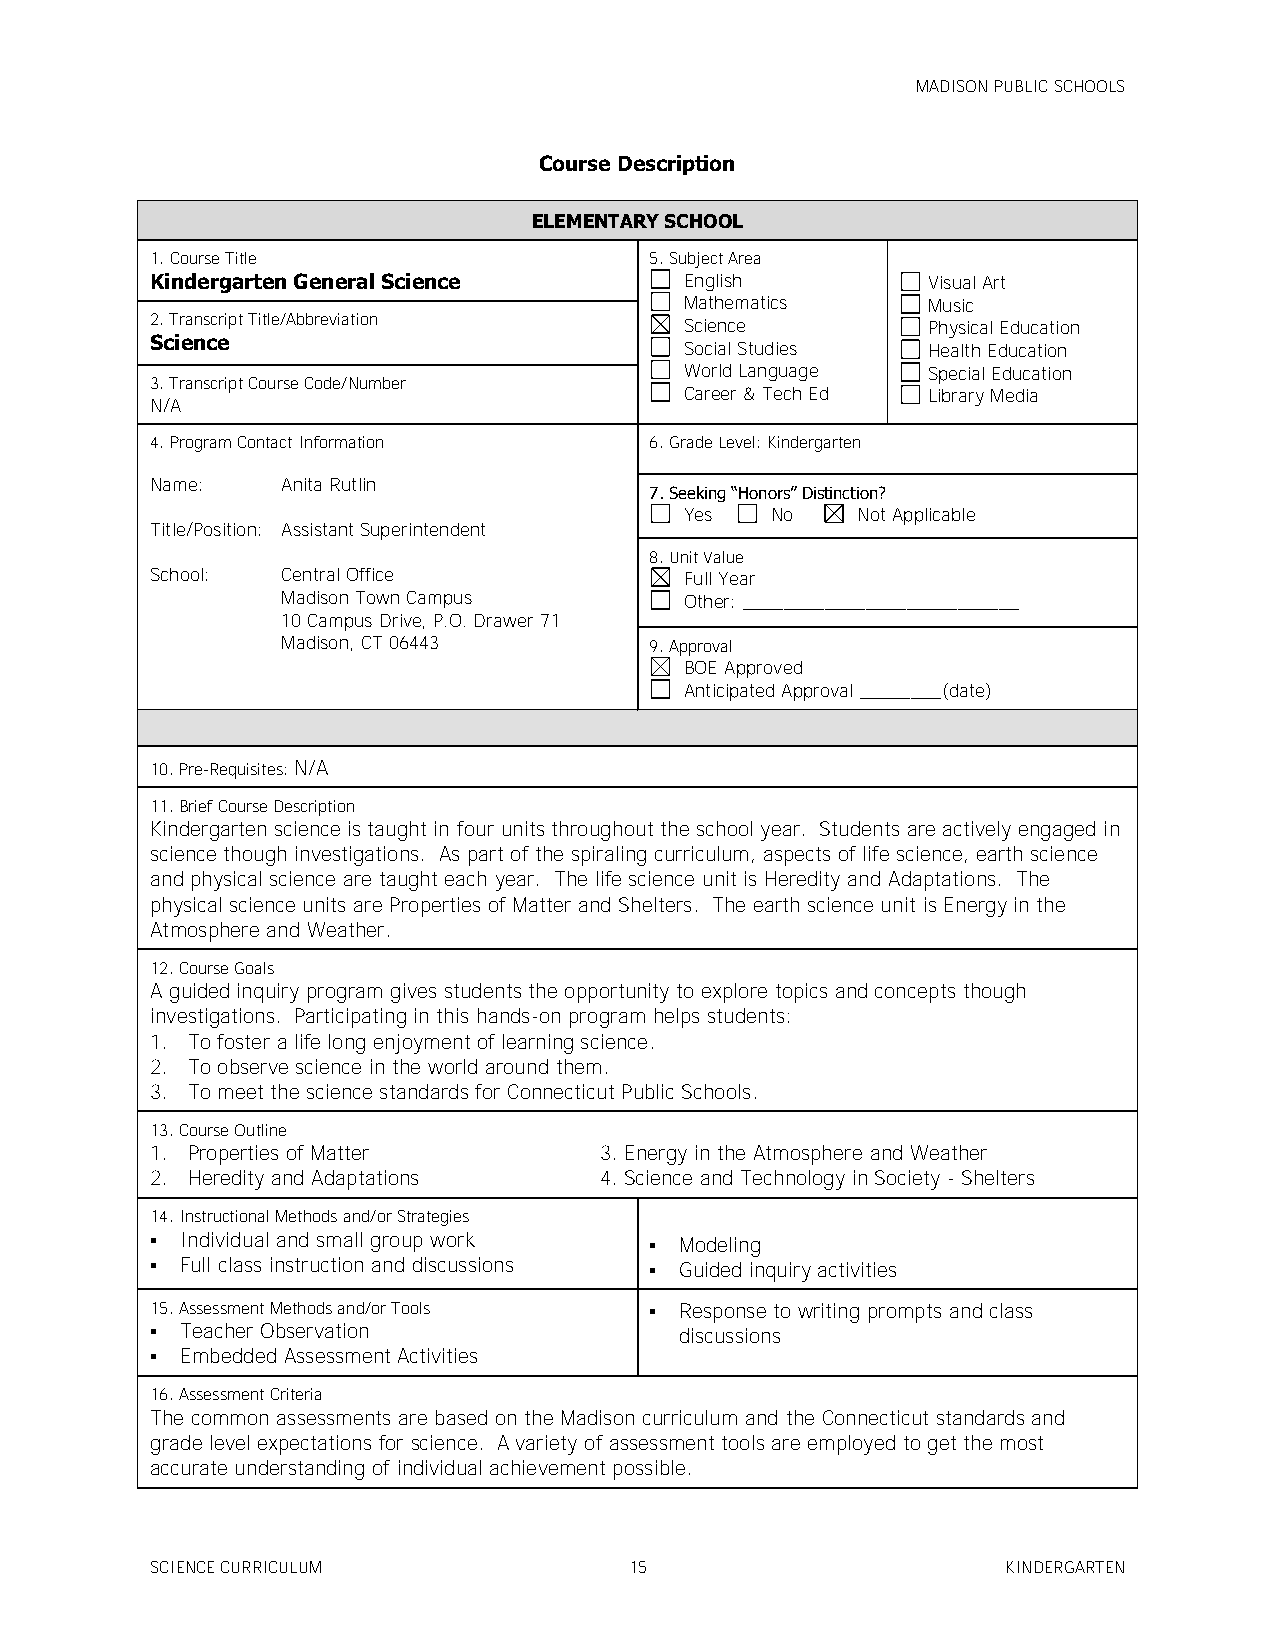
MADISON PUBLIC SCHOOLS
 Course Description
 ELEMENTARY SCHOOL
 1. Course Title                  5. Subject Area
 Kindergarten General Science       English         Visual Art
 Mathematics     Music
 2. Transcript Title/Abbreviation   Science         Physical Education
 Science                            Social Studies  Health Education
 World Language  Special Education
 3. Transcript Course Code/Number
 Career & Tech Ed Library Media
 N/A
 4. Program Contact Information   6. Grade Level: Kindergarten
 Name:    Anita Rutlin
 7. Seeking ―Honors‖ Distinction?
 Yes   No    Not Applicable
 Title/Position: Assistant Superintendent
 8. Unit Value
 School:  Central Office            Full Year
 Madison Town Campus       Other: ___________________________
 10 Campus Drive, P.O. Drawer 71
 Madison, CT 06443       9. Approval
 BOE Approved
 Anticipated Approval ________(date)
 10. Pre-Requisites: N/A
 11. Brief Course Description
 Kindergarten science is taught in four units throughout the school year. Students are actively engaged in
 science though investigations. As part of the spiraling curriculum, aspects of life science, earth science
 and physical science are taught each year. The life science unit is Heredity and Adaptations. The
 physical science units are Properties of Matter and Shelters. The earth science unit is Energy in the
 Atmosphere and Weather.
 12. Course Goals
 A guided inquiry program gives students the opportunity to explore topics and concepts though
 investigations. Participating in this hands-on program helps students:
 1. To foster a life long enjoyment of learning science.
 2. To observe science in the world around them.
 3. To meet the science standards for Connecticut Public Schools.
 13. Course Outline
 1. Properties of Matter       3. Energy in the Atmosphere and Weather
 2. Heredity and Adaptations   4. Science and Technology in Society - Shelters
 14. Instructional Methods and/or Strategies
  Individual and small group work  Modeling
  Full class instruction and discussions  Guided inquiry activities
 15. Assessment Methods and/or Tools  Response to writing prompts and class
  Teacher Observation              discussions
  Embedded Assessment Activities
 16. Assessment Criteria
 The common assessments are based on the Madison curriculum and the Connecticut standards and
 grade level expectations for science. A variety of assessment tools are employed to get the most
 accurate understanding of individual achievement possible.
 SCIENCE CURRICULUM              15                       KINDERGARTEN